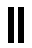
။